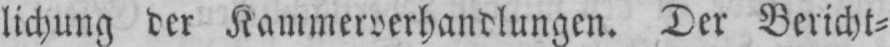
lichung der Kammerverhandlungen. Der Bericht⸗